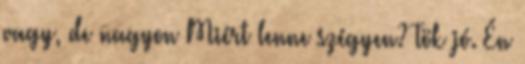
vagy, de nagyon Miért lenne szégyen? Tök jó. Én